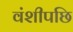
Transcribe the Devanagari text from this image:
वंशीपछि